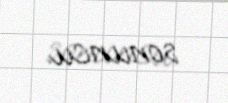
sonuncu.